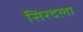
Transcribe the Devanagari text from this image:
सिरदला